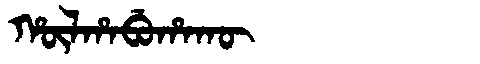
Manchu: ᡥᡡᠯᡥᠠᠪᡠᡥᠠᡴᡡ
Romanization: HŪLHABUHAKŪ